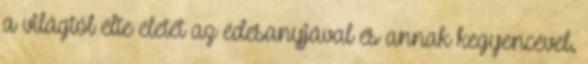
a világtól élte életét az édesanyjával és annak kegyencével.